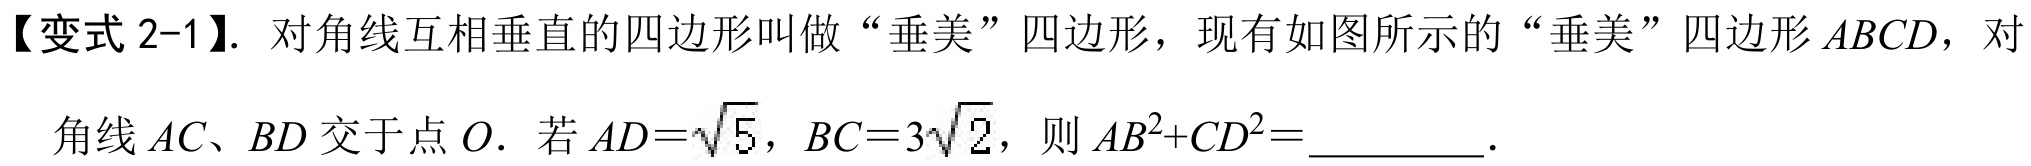
【变式 2-1】. 对角线互相垂直的四边形叫做“垂美”四边形，现有如图所示的“垂美”四边形\(ABCD\)，对
角线\(AC、BD\)交于点\(O\). 若\(AD = \sqrt{5}\)，\(BC = 3\sqrt{2}\)，则\(AB^{2}+CD^{2}=\underline{\quad\quad}\).